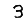
Digit: 3